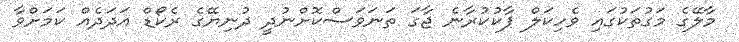
މާލޭގެ މަގުތަކުގައި ވެހިކަލް ޕާކުކުރާނެ ޖާގަ ތަނަވަސްކޮށްނުދީ ދުނިޔޭގެ ރެކޯޑް އަދަދެއް ކަމަށްވާ